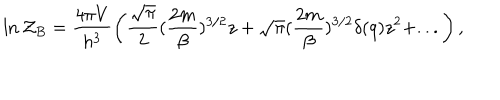
LaTeX: \ln { \cal Z } _ { B } = \frac { 4 \pi V } { h ^ { 3 } } \left( \frac { \sqrt { \pi } } { 2 } ( \frac { 2 m } { \beta } ) ^ { 3 / 2 } z + \sqrt { \pi } ( \frac { 2 m } { \beta } ) ^ { 3 / 2 } \delta ( q ) z ^ { 2 } + . . . \right) ,